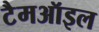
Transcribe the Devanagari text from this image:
टैमऑइल